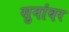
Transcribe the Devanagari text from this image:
सुनांवर